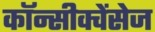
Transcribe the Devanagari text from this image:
कॉन्सीक्वेंसेज